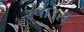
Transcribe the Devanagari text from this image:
स्पाउस